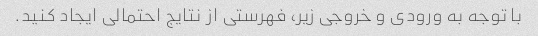
با توجه به ورودی و خروجی زیر، فهرستی از نتایج احتمالی ایجاد کنید.